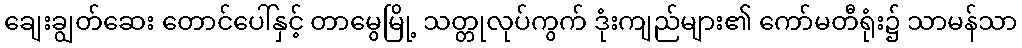
ချေးချွတ်ဆေး တောင်ပေါ်နှင့် တာမွေမြို့ သတ္တုလုပ်ကွက် ဒုံးကျည်များ၏ ကော်မတီရုံး၌ သာမန်သာ